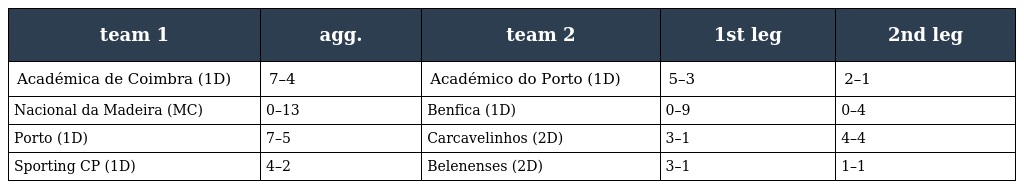
| team 1 | agg. | team 2 | 1st leg | 2nd leg |
 | --- | --- | --- | --- | --- |
 | Académica de Coimbra (1D) | 7–4 | Académico do Porto (1D) | 5–3 | 2–1 |
 | Nacional da Madeira (MC) | 0–13 | Benfica (1D) | 0–9 | 0–4 |
 | Porto (1D) | 7–5 | Carcavelinhos (2D) | 3–1 | 4–4 |
 | Sporting CP (1D) | 4–2 | Belenenses (2D) | 3–1 | 1–1 |